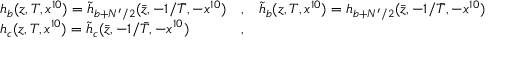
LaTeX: \begin{array} { l l l } { { h _ { b } ( z , T , x ^ { 1 0 } ) = \tilde { h } _ { b + N ^ { \prime } / 2 } ( \bar { z } , - 1 / \bar { T } , - x ^ { 1 0 } ) } } & { { , } } & { { \tilde { h } _ { b } ( z , T , x ^ { 1 0 } ) = h _ { b + N ^ { \prime } / 2 } ( \bar { z } , - 1 / \bar { T } , - x ^ { 1 0 } ) } } \\ { { h _ { c } ( z , T , x ^ { 1 0 } ) = \tilde { h } _ { c } ( \bar { z } , - 1 / \bar { T } , - x ^ { 1 0 } ) } } & { { , } } & { { } } \end{array}